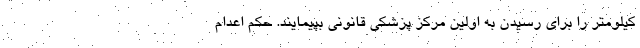
کیلومتر را برای رسیدن به اولین مرکز پزشکی قانونی بپیمایند. حکم اعدام